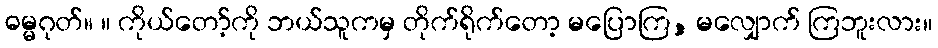
ဓမ္မဂုတ်။ ။ ကိုယ်တော့်ကို ဘယ်သူကမှ တိုက်ရိုက်တော့ မပြောကြ, မလျှောက် ကြဘူးလား။